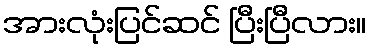
အားလုံးပြင်ဆင် ပြီးပြီလား။